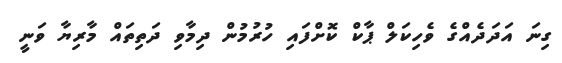
ގިނަ އަދަދެެއްގެ ވެހިކަލް ޕާކް ކޮށްފައި ހުރުމުން ދިމާވި ދަތިތައް މާރިޔާ ވަނީ